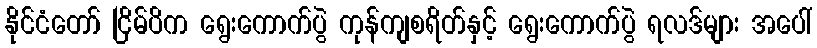
နိုင်ငံတော် ငြိမ်ပိက ရွေးကောက်ပွဲ ကုန်ကျစရိတ်နှင့် ရွေးကောက်ပွဲ ရလဒ်များ အပေါ်